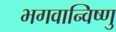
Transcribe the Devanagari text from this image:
भगवान्विष्णु